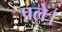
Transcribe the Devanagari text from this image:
पले।